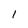
Character: 1